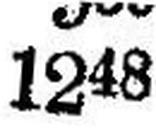
1248